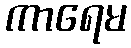
ကာရေမ